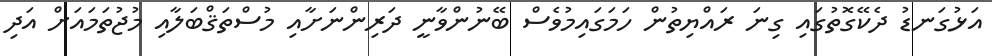
އަޅުގަނޑު ދެކޭގޮތުގައި ގިނަ ރައްޔިތުން ހަމަގައިމުވެސް ބޭނުންވާނީ ދަރިންނަށާއި މުސްތަޤްބަލާއި މުޖުތަމައަށް އަދި